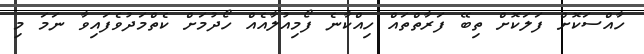
ހާއްސަކޮށް ފަލަކޮށް ތިބޭ ފަރާތްތައް ހިއްކާނެ ފޯމިއުލާއެއް ހޯދުމަށް ކެތްމަދުވެފައިވާ ނަމަ މި